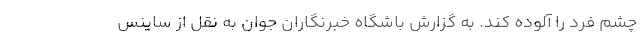
چشم فرد را آلوده کند. به گزارش باشگاه خبرنگاران جوان به نقل از ساینس